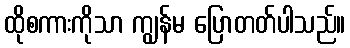
ထိုစကားကိုသာ ကျွန်မ ပြောတတ်ပါသည်။